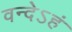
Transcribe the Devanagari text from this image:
वन्देऽहं